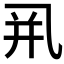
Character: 𰁀